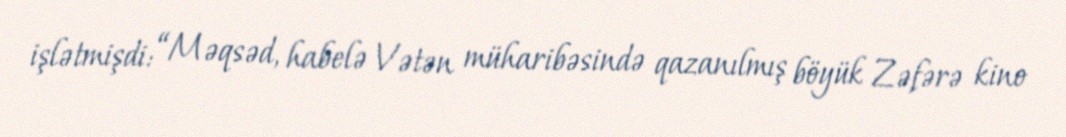
işlətmişdi: “Məqsəd, habelə Vətən müharibəsində qazanılmış böyük Zəfərə kino